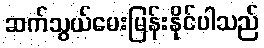
ဆက်သွယ်မေးမြန်းနိုင်ပါသည်